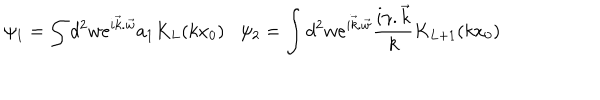
LaTeX: \psi _ { 1 } = \int d ^ { 2 } w e ^ { i { \vec { k } . \vec { w } } } a _ { 1 } K _ { L } ( k x _ { 0 } ) \psi _ { 2 } = \int d ^ { 2 } w e ^ { i \vec { k } . \vec { w } } \frac { i { \gamma . \vec { k } } } { k } K _ { L + 1 } ( k x _ { 0 } )